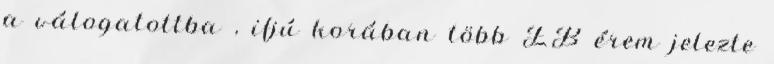
a válogatottba , ifjú korában több EB érem jelezte